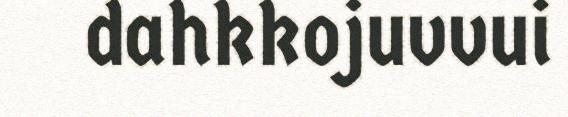
dahkkojuvvui